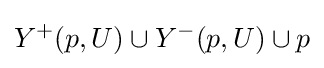
Y^{+}(p,U)\cup Y^{-}(p,U)\cup p